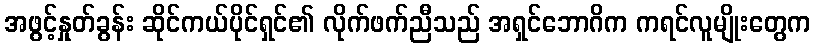
အဖွင့်နှုတ်ခွန်း ဆိုင်ကယ်ပိုင်ရှင်၏ လိုက်ဖက်ညီသည် အရှင်ဘောဂိက ကရင်လူမျိုးတွေက